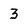
Character: 3